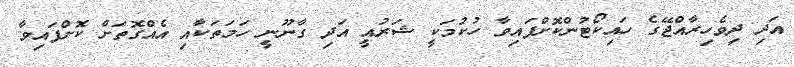
އަދި ދިވެހިރާއްޖޭގެ ހައިކޯޓުންކޮށްފައިވާ ހުކުމަކީ ޝަރުއީ އަދި ގާނޫނީ ހަމަތަކާއި އެއްގޮތަށް ކޮށްފައިވާ